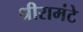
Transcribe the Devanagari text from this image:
श्रीरामंटे